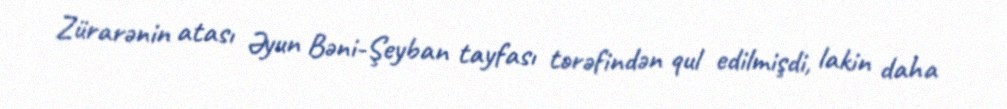
Zürarənin atası Əyun Bəni-Şeyban tayfası tərəfindən qul edilmişdi, lakin daha